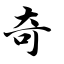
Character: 奇